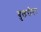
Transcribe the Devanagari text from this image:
बुलरोरर